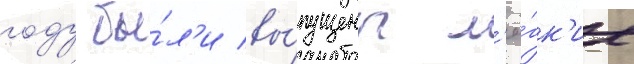
году бы́л'и вы́пущены л'ё́гк'ие